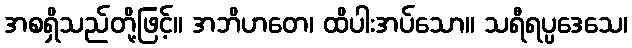
အစရှိသည်တို့ဖြင့်။ အဘိဟတေ၊ ထိပါးအပ်သော။ သရီရပ္ပဒေသေ၊